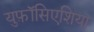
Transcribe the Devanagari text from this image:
युफ़ॉसिएशिया